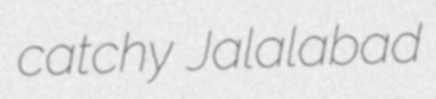
catchy Jalalabad